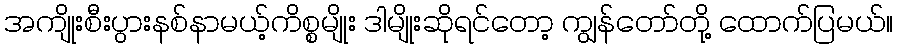
အကျိုးစီးပွားနစ်နာမယ့်ကိစ္စမျိုး ဒါမျိုးဆိုရင်တော့ ကျွန်တော်တို့ ထောက်ပြမယ်။